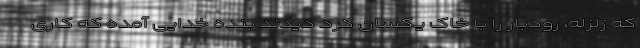
که زلزله، رودبار را با خاک یکسان کرد دیدند بنده خدایی آمده که کاری